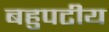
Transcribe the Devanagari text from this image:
बहुपटीय